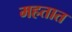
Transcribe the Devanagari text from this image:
महतात